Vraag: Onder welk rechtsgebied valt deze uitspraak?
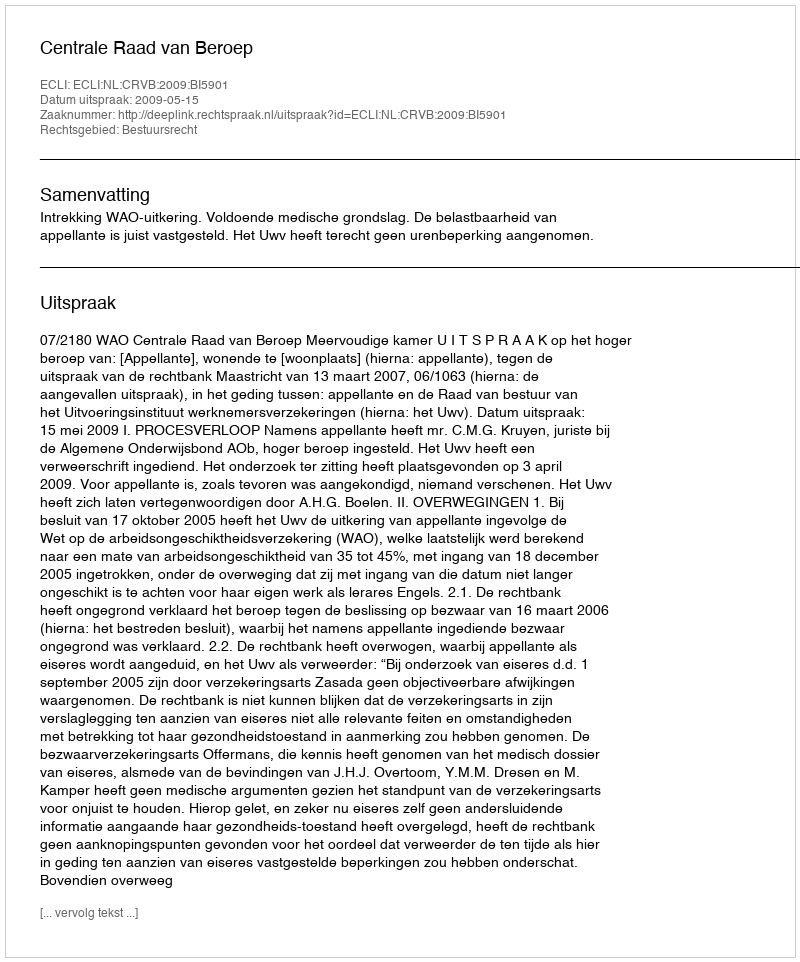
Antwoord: Bestuursrecht